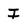
Character: I